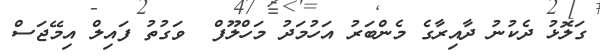
ގަލޮޅު ދެކުނު ދާއިރާގެ މެންބަރު އަހުމަދު މަހްލޫފް  ވަގުތު ފައިލް އިމޭޖަސް